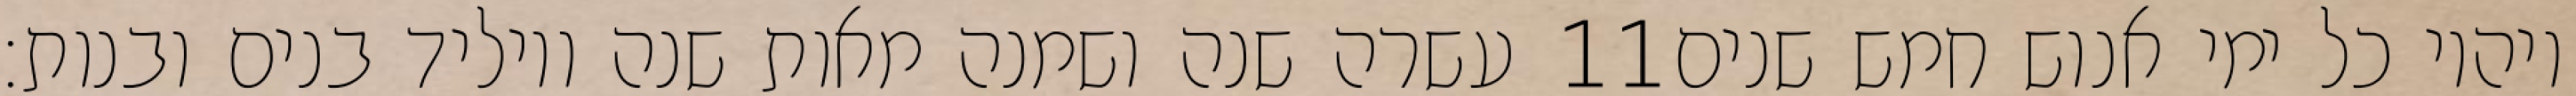
עשרה שנה ושמנה מאות שנה ויוליד בנים ובנות׃ ‎11‏ ויהיו כל ימי אנוש חמש שנים